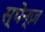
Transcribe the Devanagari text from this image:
स्पेन्ज़